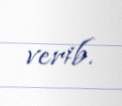
verib.